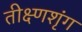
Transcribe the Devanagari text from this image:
तीक्ष्णशृंग